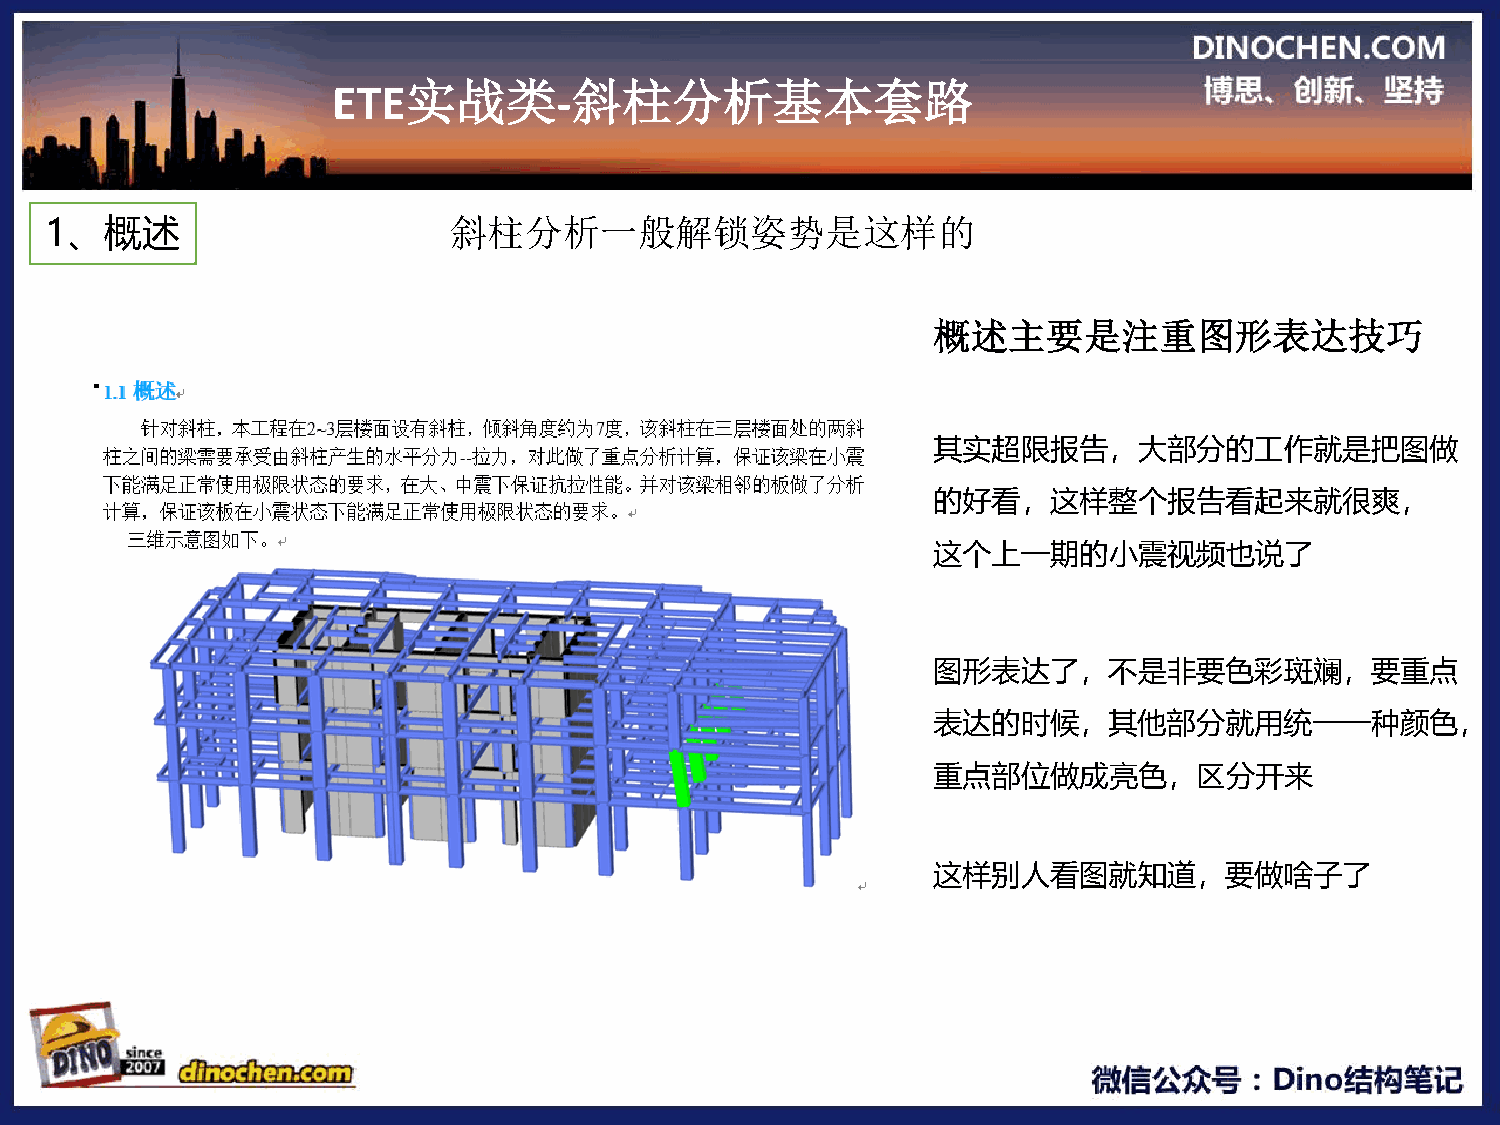
ETE实战类-斜柱分析基本套路
 1、概述                       斜柱分析一般解锁姿势是这样的
 概述主要是注重图形表达技巧
 其实超限报告，大部分的工作就是把图做
 的好看，这样整个报告看起来就很爽，
 这个上一期的小震视频也说了
 图形表达了，不是非要色彩斑斓，要重点
 表达的时候，其他部分就用统一一种颜色，
 重点部位做成亮色，区分开来
 这样别人看图就知道，要做啥子了